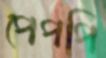
পেপপি